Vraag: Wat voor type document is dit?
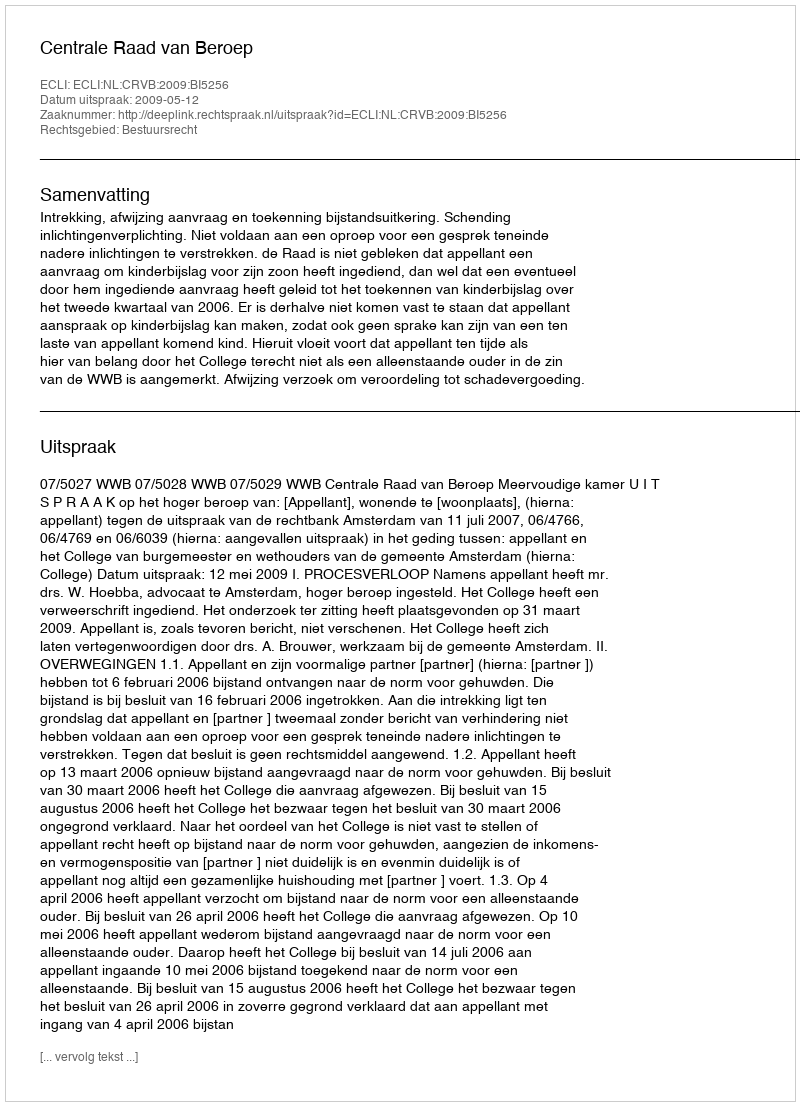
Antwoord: Uitspraak